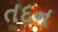
તદન